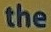
the